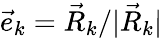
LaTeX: \vec{e}_{k}=\vec{R}_{k}/|\vec{R}_{k}|